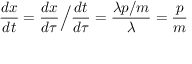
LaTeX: { \frac { d x } { d t } } = { \frac { d x } { d \tau } } { \Big / } { \frac { d t } { d \tau } } = { \frac { \lambda p / m } { \lambda } } = { \frac { p } { m } }